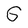
Character: G